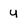
Character: y